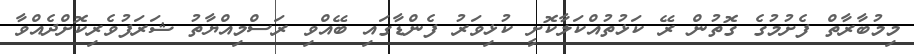
މިމުބާރާތް ފެށުމުގެ ގޮތުން ރޭ ކަޅުތުއްކަލާކޮށީ ކުޅިވަރު ފެންޑާގައި ބޭއްވި ރަސްމިއްޔާތު ޝަރަފުވެރިކޮށްދެއްވާ